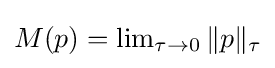
{\textstyle M(p)=\lim _{\tau \to 0}\|p\|_{\tau }}